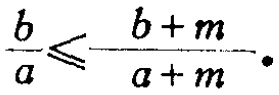
$\frac{b}{a}\leqslant\frac{b + m}{a + m}.$